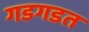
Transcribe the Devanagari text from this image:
गडगडत